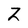
Character: Z